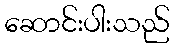
ဆောင်းပါးသည်